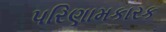
પરિણામકારક